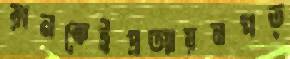
রানকেইপ্রত্যায়নপত্